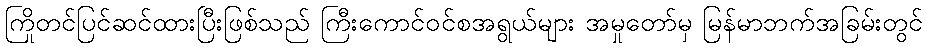
ကြိုတင်ပြင်ဆင်ထားပြီးဖြစ်သည် ကြီးကောင်ဝင်စအရွယ်များ အမှုတော်မှ မြန်မာဘက်အခြမ်းတွင်